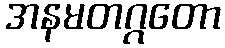
အနမတဂ္ဂတော